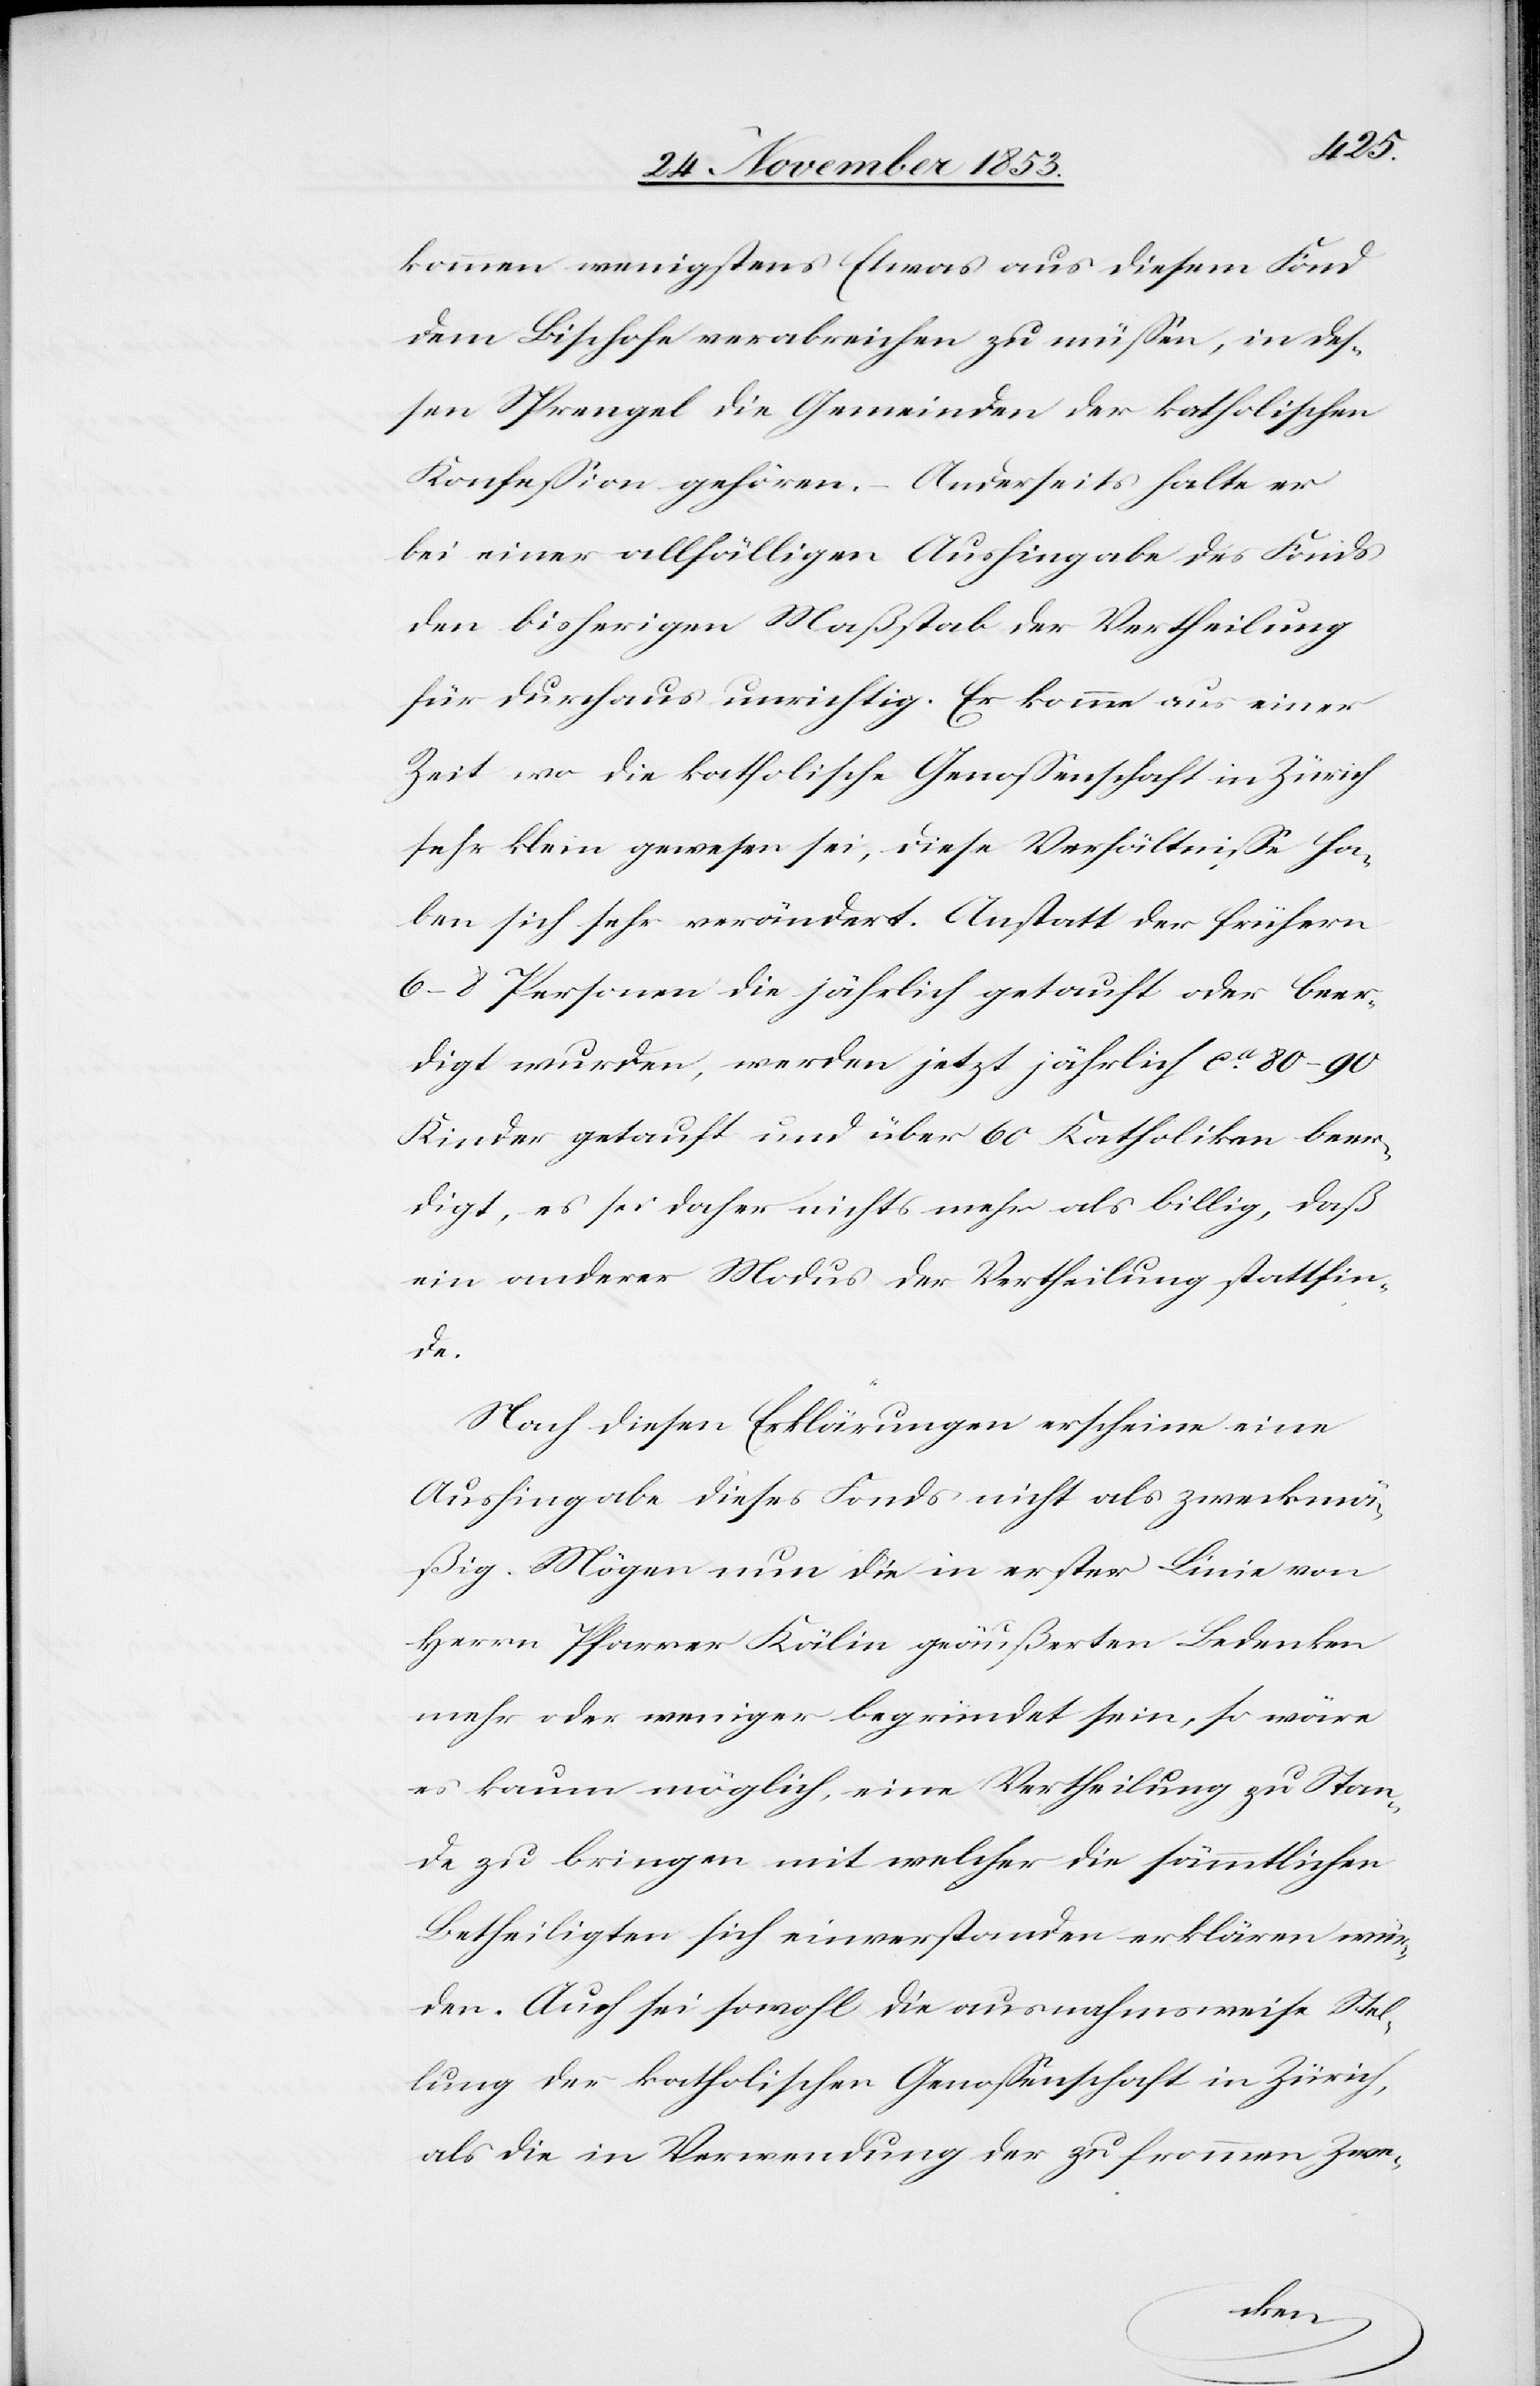
kommen wenigstens Etwas aus diesem Fond
dem Bischofe verabreichen zu müßen, in deß¬
en Sprengel die Gemeinden der katholischen
Konfeßion gehören. Anderseits halte er
bei einer allfälligen Aushingabe des Fonds
den bisherigen Maßstab der Vertheilung
für durchaus unrichtig. Er komme aus einer
Zeit wo die katholische Genoßenschaft in Zürich
sehr klein gewesen sei, diese Verhältniße ha¬
ben sich sehr verändert. Anstatt der frühern
6–8 Personen die jährlich getauft oder beer¬
Kinder getauft und über 60 Katholiken beer¬
digt, es sei daher nichts mehr als billig, daß
ein anderer Modus der Vertheilung stattfin¬
de.
Nach diesen Erklärungen erscheine eine
Aushingabe dieses Fonds nicht als zweckmä¬
ßig. Mögen nun die in erster Linie von
Herrn Pfarrer Kälin geäußerten Bedenken
mehr oder weniger begründet sein, so wäre
es kaum möglich, eine Vertheilung zu Stan¬
de zu bringen mit welcher die sämmtlichen
Betheiligten sich einverstanden erklären wür¬
den. Auch sei sowohl die ausnahmsweise Stel¬
lung der katholischen Genoßenschaft in Zürich,
als die in Verwendung der zu frommen Zwe-
wurden,